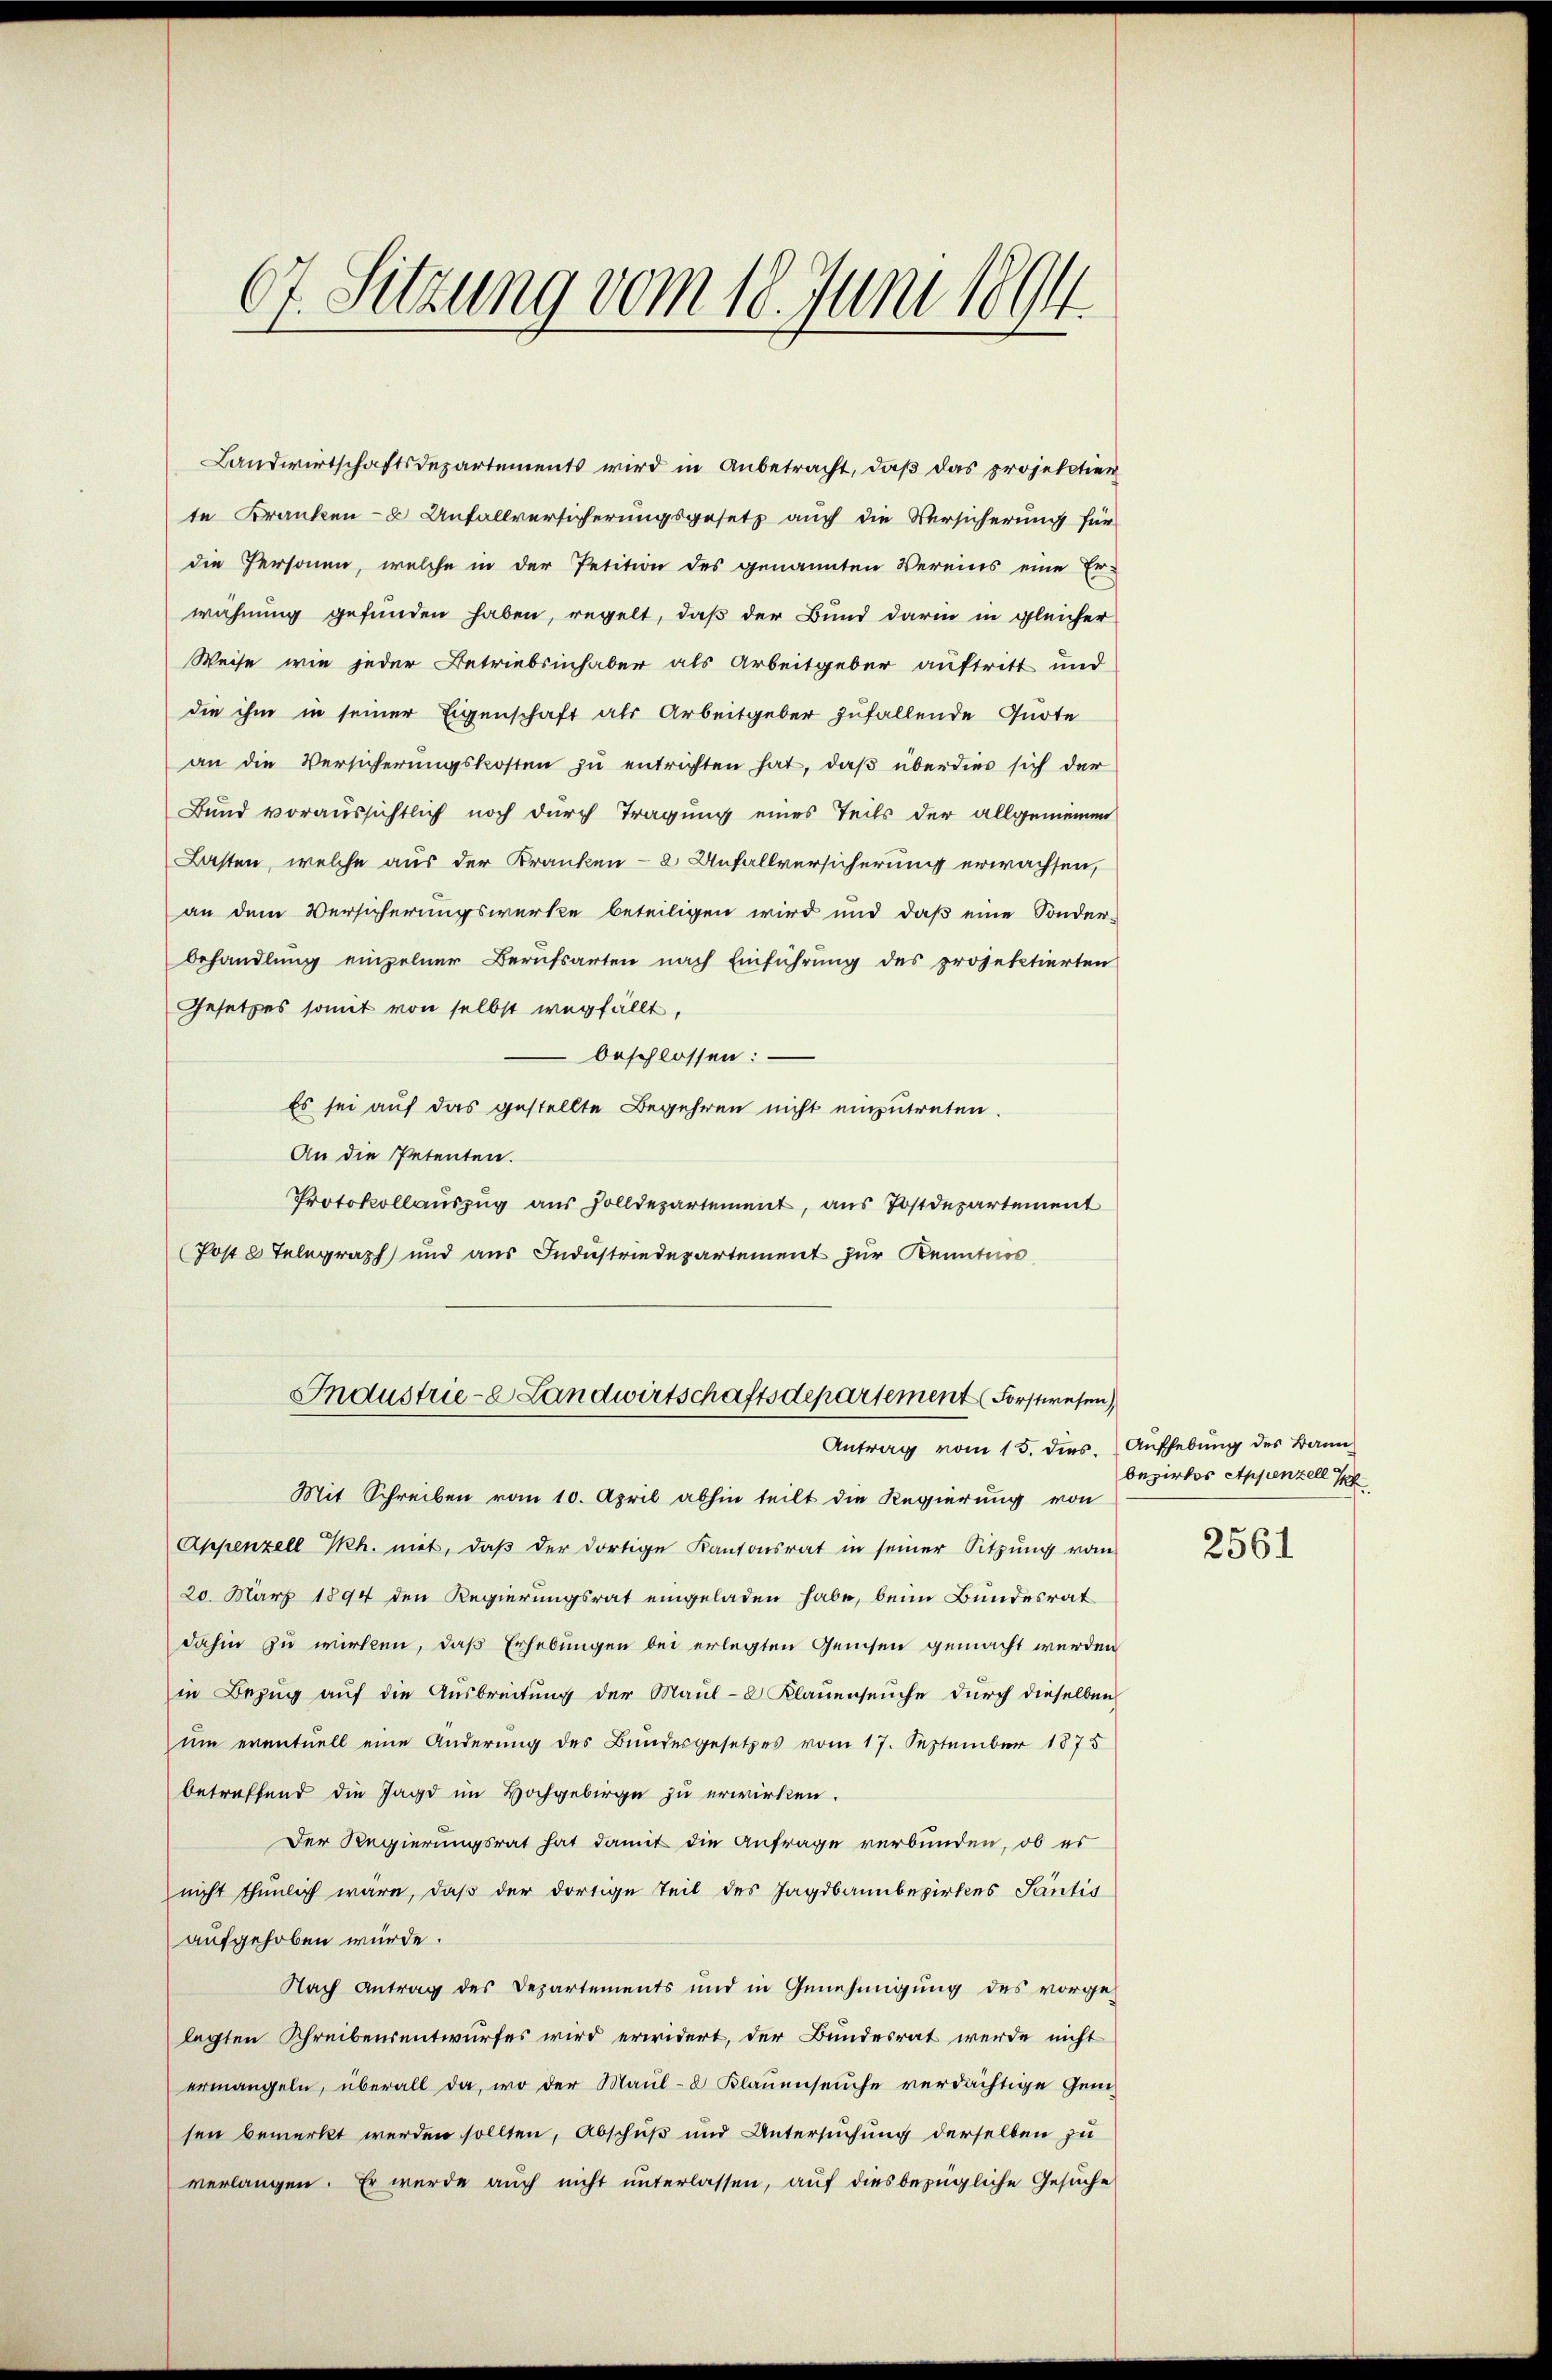
67. Sitzung vom 18. Juni 1894

Landwirtschaftsdepartements wird in Anbetracht, daß das projektier
te Kranken- u Anfallversicherungsgesetz auch die Versicherung für
die Personen, welche in der Petition des genannten Vereins eine Er-
wähnung gefunden haben, regelt, daß der Bund darin in gleicher
Weise wie jeder Betriebsinhaber als Arbeitgeber auftritt und
die ihm in seiner Eigenschaft als Arbeitgeber zufallende Quote
an die Versicherŭngskosten zŭ entrichten hat, daß überdies sich der
Bund voraussichtlich noch durch Tragung eines Teils der allgemeinen
Lasten, welche aus der Kranken- 2 Unfallversicherung erwachsen,
an dem Versicherungswerke beteiligen wird und daß eine Sonder-
behandlung einzelner Berufsarten nach Einführung des projektierten
Gesetzes somit von selbst wegfällt,
beschlossen:
Es sei auf das gestellte Begehren nicht einzutreten.
An die Petenten.
Protokollauszug aus solldepartement, aus Postdepartement
(Post 8 Telegraph, und aus Industriedepartement zur Kenntnis
Industrie- Landwirtschaftsdepartement Forstwesen)
Antrag vom 15. dies. Aufhebung des Bann
Mit Schreiben vom 10. April abhin teilt die Regierung von
Appenzell Th. mit, daβ der dortige Kantonsrat in seiner Sitzung vom
20. März 1894 den Regierungsrat eingeladen habe, beim Bundesrat
dahin zu wirken, daß Erhebungen bei erlegten Geisen gemacht werden
in Bezug auf die Ausbreitung der Maul-8 Klauenseuche durch dieselben
um eventuell eine Änderung des Bundesgesetzes vom 17. September 1875
betreffend die Jagd im Hochgebirge zu erwirken.
Der Regierungsrat hat damit die Anfrage verbunden, ob es
nicht thunlich wäre, daß der dortige Teil des Jagdbannbezirkes Santis
aufgehoben würde.
Nach Antrag des Departements und in Genehmigung des vorge-
lagten Schreibensentwurfes wird erwidert, der Bundesrat werde nicht
ermangeln, überall da, wo der Maul- & Klauenseuche verdächtige Geme
sen bemerkt werden sollten, Abschuß und Untersuchung derselben zu
verlangen. Er wurde auch nicht unterlassen, auf dies bezügliche Gesuche

bezirkes Appenzell I

2561